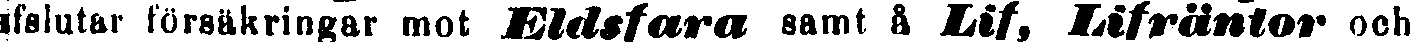
afslutar- försäkringar mot Eldsfara samt å Lif, Lifräntor och